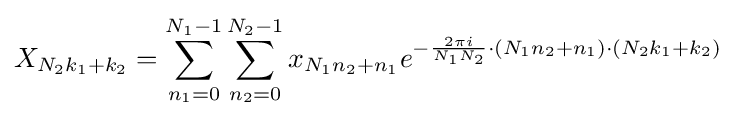
X_{N_{2}k_{1}+k_{2}}=\sum _{n_{1}=0}^{N_{1}-1}\sum _{n_{2}=0}^{N_{2}-1}x_{N_{1}n_{2}+n_{1}}e^{-{\frac {2\pi i}{N_{1}N_{2}}}\cdot (N_{1}n_{2}+n_{1})\cdot (N_{2}k_{1}+k_{2})}